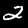
Digit: 2